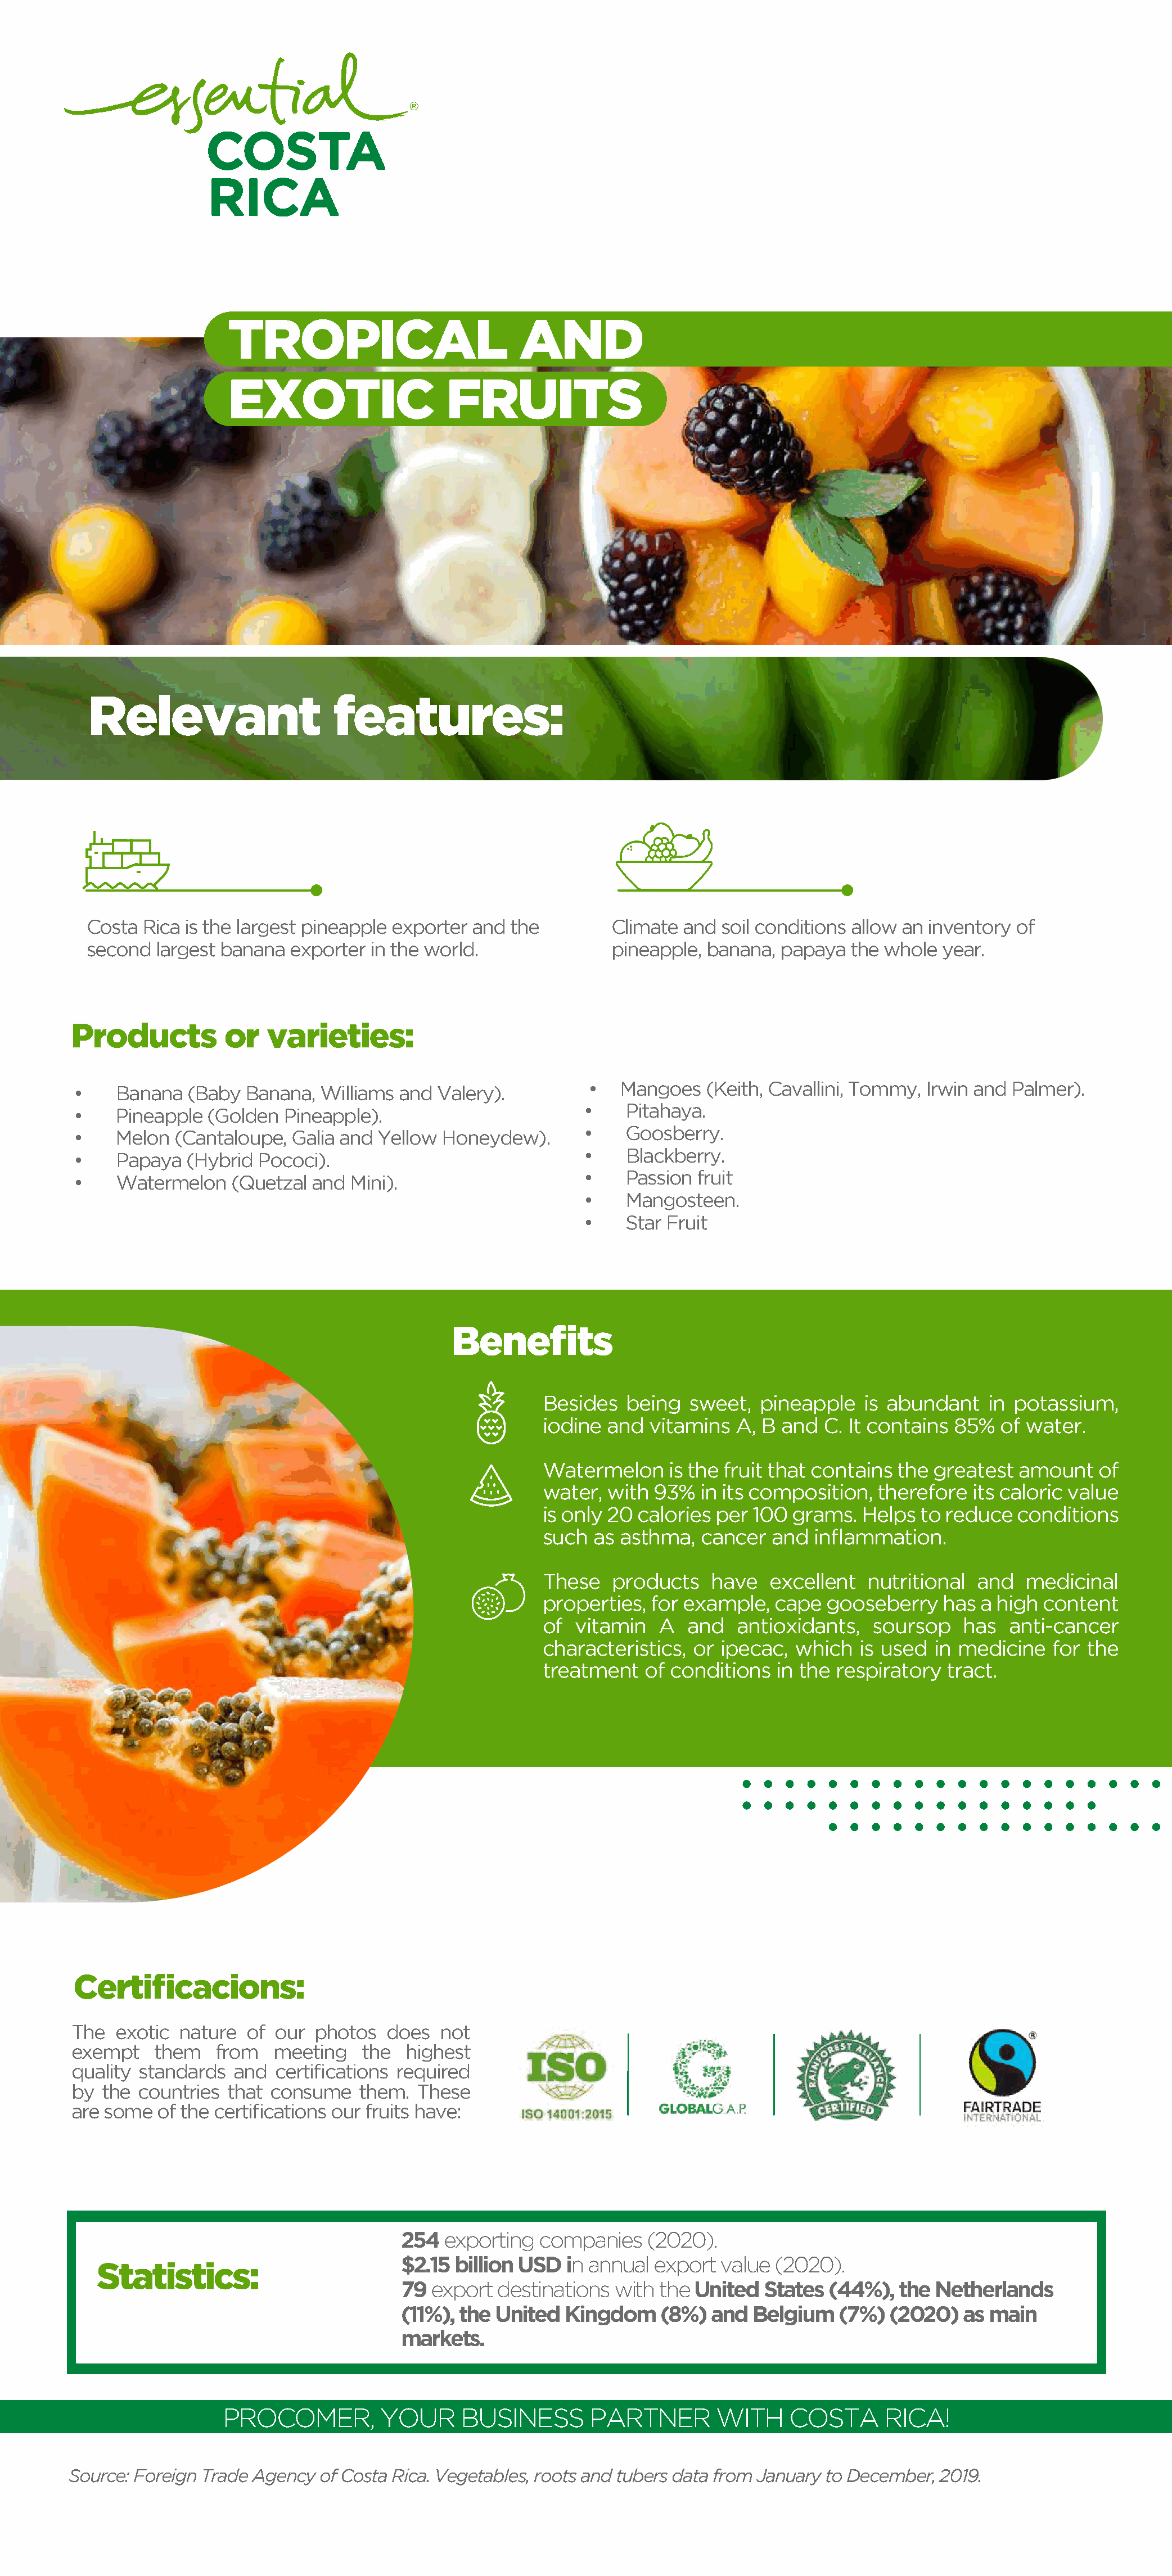
TROPICAL                          AND
 EXOTIC                   FRUITS
 Relevant                     features:
 Costa  Rica is the largest pineapple exporter and the         Climate and  soil conditions allow an inventory of
 second  largest banana  exporter  in the world.               pineapple, banana,  papaya  the whole  year.
 Products          or   varieties:
 •   Mangoes   (Keith, Cavallini, Tommy, Irwin and Palmer).
 •    Banana  (Baby  Banana,  Williams and Valery).
 •    Pitahaya.
 •    Pineapple (Golden  Pineapple).
 •    Goosberry.
 •    Melon (Cantaloupe,  Galia and Yellow  Honeydew).
 •    Blackberry.
 •    Papaya  (Hybrid Pococi).
 •    Passion fruit
 •    Watermelon   (Quetzal  and Mini).
 •    Mangosteen.
 •    Star Fruit
 Benefits
 Besides   being  sweet,  pineapple    is abundant   in potassium,
 iodine and  vitamins   A, B and  C. It contains 85%   of water.
 Watermelon     is the fruit that contains the greatest  amount   of
 water, with  93%  in its composition,  therefore  its caloric value
 is only 20 calories per  100 grams.  Helps  to reduce   conditions
 such  as asthma,   cancer  and  inflammation.
 These   products    have   excellent  nutritional  and   medicinal
 properties,  for example,  cape  gooseberry    has a high  content
 of  vitamin   A  and   antioxidants,   soursop   has   anti-cancer
 characteristics,  or ipecac,  which  is used  in medicine   for the
 treatment   of conditions  in the respiratory  tract.
 Certificacions:
 The   exotic nature  of our  photos   does  not
 exempt    them   from   meeting    the  highest
 quality standards  and  certifications required
 by  the countries  that consume   them.  These
 are some   of the certifications our fruits have:
 254  exporting   companies   (2020).
 $2.15  billion USD  in annual export  value (2020).
 Statistics:
 79  export  destinations with  the United  States  (44%),  the Netherlands
 (11%), the United  Kingdom     (8%)  and  Belgium   (7%)  (2020)  as main
 markets.
 PROCOMER,          YOUR     BUSINESS       PARTNER        WITH     COSTA      RICA!
 Source: Foreign Trade Agency  of Costa Rica. Vegetables, roots and tubers data from January to December, 2019.